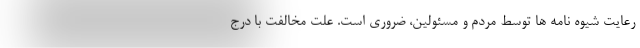
رعایت شیوه نامه ها توسط مردم و مسئولین، ضروری است. علت مخالفت با درج